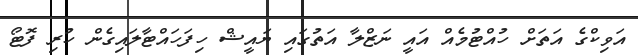
އަވިކްގެ އަތަށް ހުއްޓުމެއް އައީ ނަޒްލާ އަތުގައި ޔައީޝް ހިފަހައްޓާލައިގެން ހުރި ފޮޓޯ